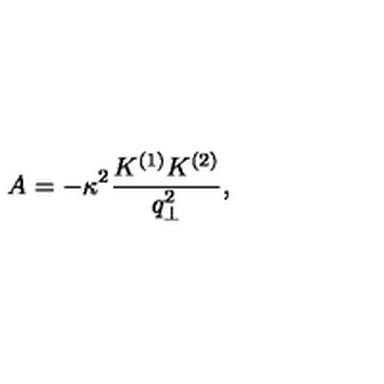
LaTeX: A = - \kappa ^ { 2 } \frac { K ^ { ( 1 ) } K ^ { ( 2 ) } } { q _ { \perp } ^ { 2 } } ,